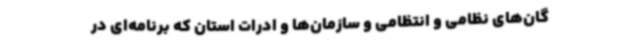
گان‌های نظامی و انتظامی و سازمان‌ها و ادرات استان که برنامه‌ای در